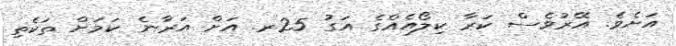
އަށެވެ. އޭރުވެސް ކަރާ ކިލޯއެއްގެ އަގު 25ރ. އަށް އަރާނެ ކަމަށް ތަކެތި